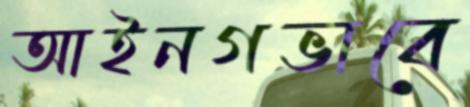
আইনগভাবে